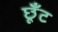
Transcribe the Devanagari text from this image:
छूँट